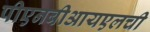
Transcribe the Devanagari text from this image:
पीएनबीआयएलची